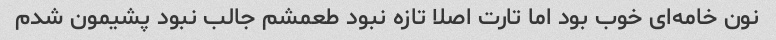
نون خامه‌ای خوب بود اما تارت اصلا تازه نبود طعمشم جالب نبود پشیمون شدم